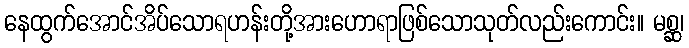
နေထွက်အောင်အိပ်သောရဟန်းတို့အားဟောရာဖြစ်သောသုတ်လည်းကောင်း။ မစ္ဆ၊